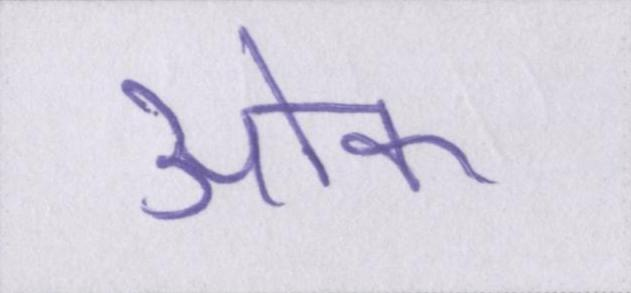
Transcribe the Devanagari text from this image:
ओक